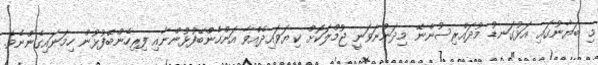
މި ބަޔާނުގައި އަޅުގަނޑު މުދައްރިސުންނޭ މިދަންނަވަނީ ޖުމްލަކޮށް ކިޔަވައިދެއްވާ އަންހެންބޭފުޅުންނާއި ފިރިހެންބޭފުޅުން ހިމަނައިގެންނެވެ.